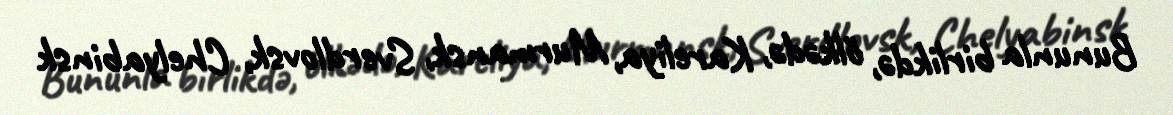
Bununla birlikdə, ölkədə, Kareliya, Murmansk, Sverdlovsk, Chelyabinsk